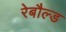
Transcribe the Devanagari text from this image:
रेबौल्ड